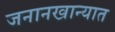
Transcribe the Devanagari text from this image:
जनानखान्यात